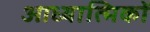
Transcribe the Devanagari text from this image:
आध्यात्मिकों